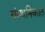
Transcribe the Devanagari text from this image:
संस्थनिकात